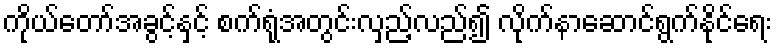
ကိုယ်တော်အခွင့်နှင့် စက်ရုံအတွင်းလှည့်လည်၍ လိုက်နာဆောင်ရွက်နိုင်ရေး